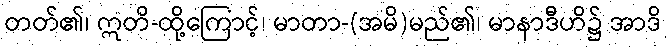
တတ်၏၊ ဣတိ-ထို့ကြောင့်၊ မာတာ-(အမိ)မည်၏၊ မာနာဒီဟိ၌ အာဒိ